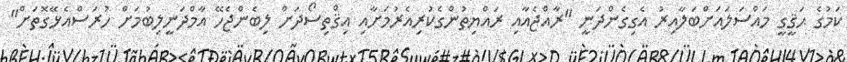
ކަމުގެ ޙަޤީގީ މައްސަލައަށްބަލާއިރު އެގިގެންދަނީ "ރާއްޖެއާއި ރައްޔިތުންގެކުރިއެރުމަށާއި އިޤްތިސޯދަށް ލިބެންޖެހޭ އާމްދަނީލިބުމަށް ހުރަސްއެޅޭގޮތަށް"